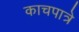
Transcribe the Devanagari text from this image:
काचपात्रे